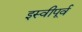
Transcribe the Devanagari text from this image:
इस्वीपूर्व